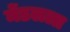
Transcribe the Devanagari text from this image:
मेंडलला